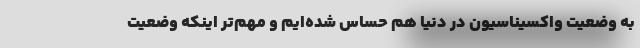
به وضعیت واکسیناسیون در دنیا هم حساس شده‌ایم و مهم‌تر اینکه وضعیت